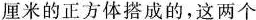
厘米的正方体搭成的，这两个